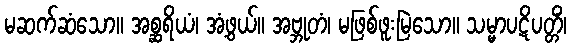
မဆက်ဆံသော။ အစ္ဆရိယံ၊ အံ့ဖွယ်။ အဗ္ဘုတံ၊ မဖြစ်ဖူးမြဲသော။ သမ္မာပဋိပတ္တိံ၊